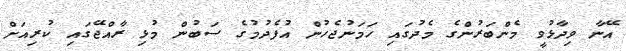
އޭނާ ވިދާޅުވީ މެންބަރުންގެ މެދުގައި ހަމަނުޖެހުން އުފެދުމުގެ ސަބުން މުޅި ރާއްޖޭގައި ކުރިއަށް